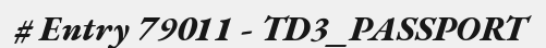
# Entry 79011 - TD3_PASSPORT